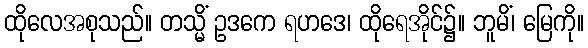
ထိုလေအစုသည်။ တသ္မိံ ဥဒကေ ရဟဒေ၊ ထိုရေအိုင်၌။ ဘူမိံ၊ မြေကို။